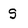
Character: S